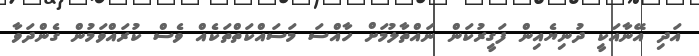
އަދި އޭނާއަކީ ދުނިޔެއިން ފަގީރުކަން ނައްތާލުމަށް ހާއްސަ މަސައްކަތްތަކެއް ވެސް ކުރައްވަމުން ގެންދަވާ